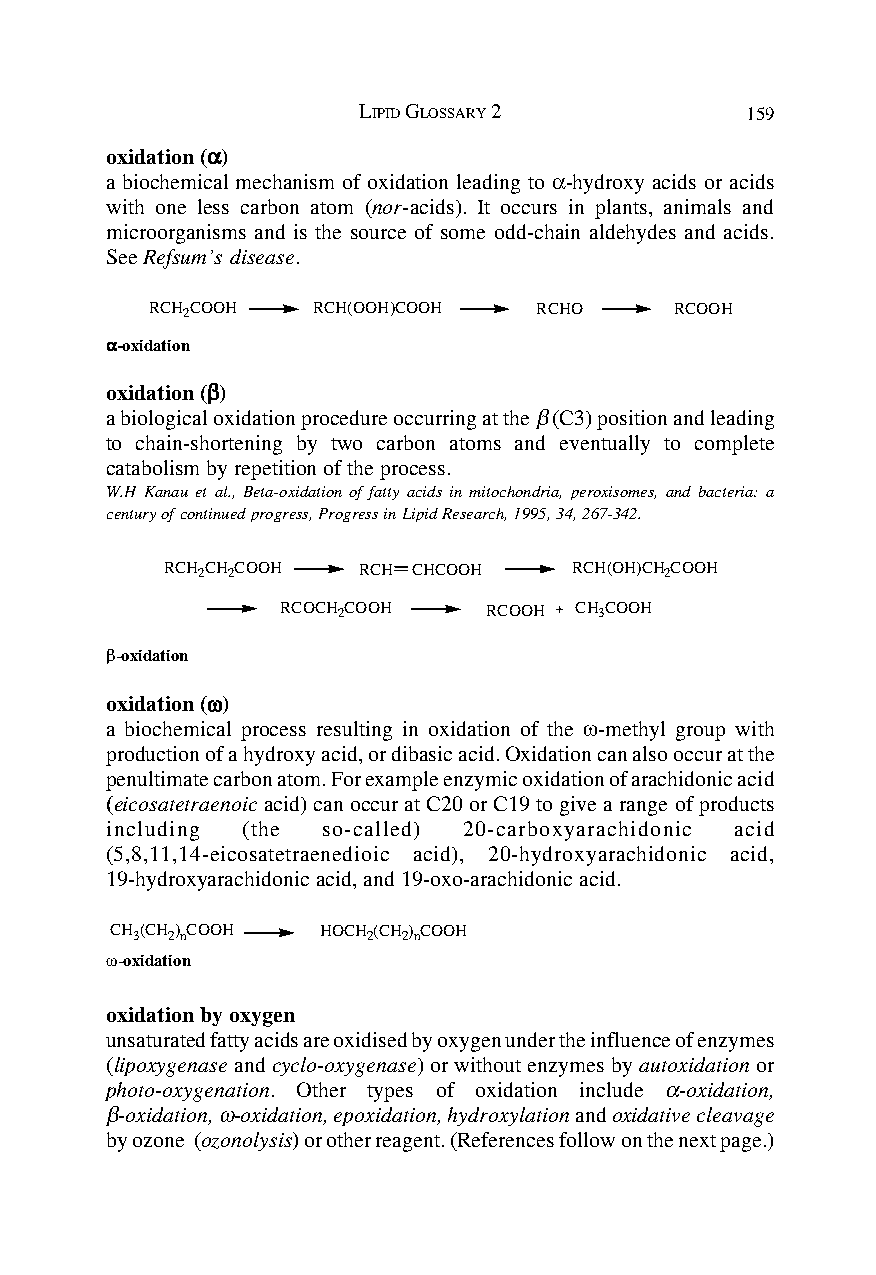
LIPID GLOSSARY 2         159
 oxidation (ααααα)
 a biochemical mechanism of oxidation leading to α-hydroxy acids or acids
 with one less carbon atom (nor-acids). It occurs in plants, animals and
 microorganisms and is the source of some odd-chain aldehydes and acids.
 See Refsum’s disease.
 RCH 2COOH  RCH(OOH)COOH  RCHO      RCOOH
 ααααα-oxidation
 oxidation (βββββ)
 a biological oxidation procedure occurring at the β (C3) position and leading
 to chain-shortening by two carbon atoms and eventually to complete
 catabolism by repetition of the process.
 W.H Kanau et al., Beta-oxidation of fatty acids in mitochondria, peroxisomes, and bacteria: a
 century of continued progress, Progress in Lipid Research, 1995, 34, 267-342.
 RCH 2CH 2COOH RCH CHCOOH   RCH(OH)CH 2COOH
 RCOCH 2COOH  RCOOH CH 3COOH
 β-oxidation
 oxidation (ωωωωω)
 a biochemical process resulting in oxidation of the ω-methyl group with
 production of a hydroxy acid, or dibasic acid. Oxidation can also occur at the
 penultimate carbon atom. For example enzymic oxidation of arachidonic acid
 (eicosatetraenoic acid) can occur at C20 or C19 to give a range of products
 including (the so-called) 20-carboxyarachidonic acid
 (5,8,11,14-eicosatetraenedioic acid), 20-hydroxyarachidonic acid,
 19-hydroxyarachidonic acid, and 19-oxo-arachidonic acid.
 CH(CH)COOH    HOCH(CH)COOH
 3 2n           2  2n
 ω-oxidation
 oxidation by oxygen
 unsaturated fatty acids are oxidised by oxygen under the influence of enzymes
 (lipoxygenase and cyclo-oxygenase) or without enzymes by autoxidation or
 photo-oxygenation. Other types of oxidation include α-oxidation,
 β-oxidation, ω-oxidation, epoxidation, hydroxylation and oxidative cleavage
 by ozone (ozonolysis) or other reagent. (References follow on the next page.)